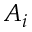
A _ { i }